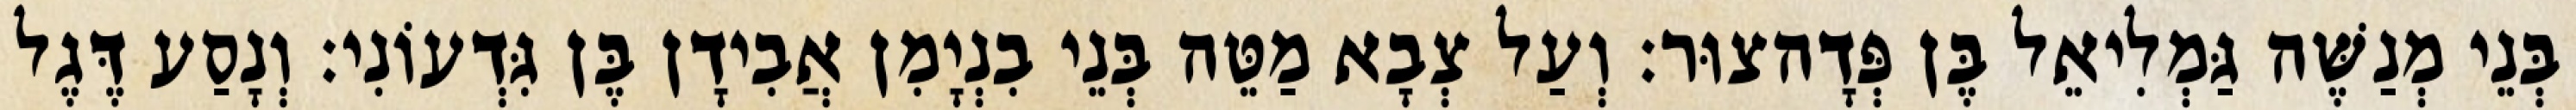
בְּנֵי מְנַשֶּׁה גַּמְלִיאֵל בֶּן פְּדָהצוּר׃ וְעַל צְבָא מַטֵּה בְּנֵי בִנְיָמִן אֲבִידָן בֶּן גִּדְעוֹנִי׃ וְנָסַע דֶּגֶל